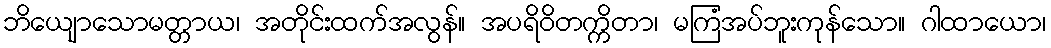
ဘိယျောသောမတ္တာယ၊ အတိုင်းထက်အလွန်။ အပရိဝိတက္ကိတာ၊ မကြံအပ်ဘူးကုန်သော။ ဂါထာယော၊